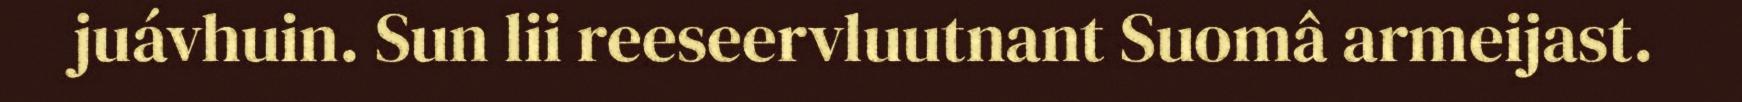
juávhuin. Sun lii reeseervluutnant Suomâ armeijast.